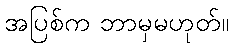
အပြစ်က ဘာမှမဟုတ်။